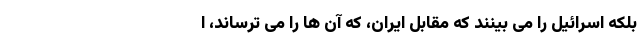
بلکه اسرائیل را می بینند که مقابل ایران، که آن ها را می ترساند، ا